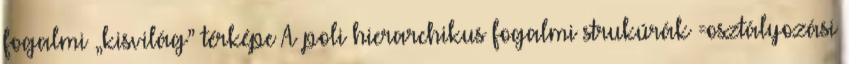
fogalmi „kisvilág” térképe A poli hierarchikus fogalmi strukúrák =osztályozási